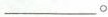
___。